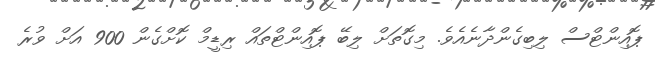
ޕޮއިންޓްސް ލިބިގެންދާނެއެވެ. މިގޮތަށް ލިބޭ ޕޮއިންޓްތައް ރިޑީމް ކޮށްގެން 900 އަށް ވުރެ